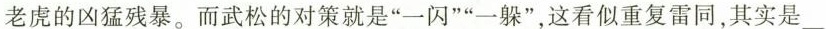
老虎的凶猛残暴。而武松的对策就是”一闪””一躲”，这看似重复雷同，其实是